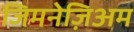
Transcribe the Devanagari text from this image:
जिमनेज़िअम